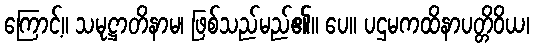
ကြောင့်။ သမုဋ္ဌာတိနာမ၊ ဖြစ်သည်မည်၏။ ပေ။ ပဌမကထိနာပတ္တိဝိယ၊